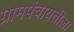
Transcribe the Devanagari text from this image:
ग्रामपंचायतीला